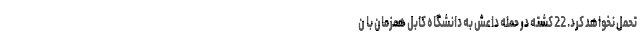
تحمل نخواهد کرد. 22 کشته در حمله داعش به دانشگاه کابل همزمان با ن